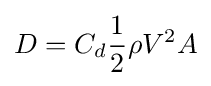
D=C_{d}{\frac {1}{2}}\rho V^{2}A